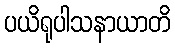
ပယိရုပါသနာယာတိ